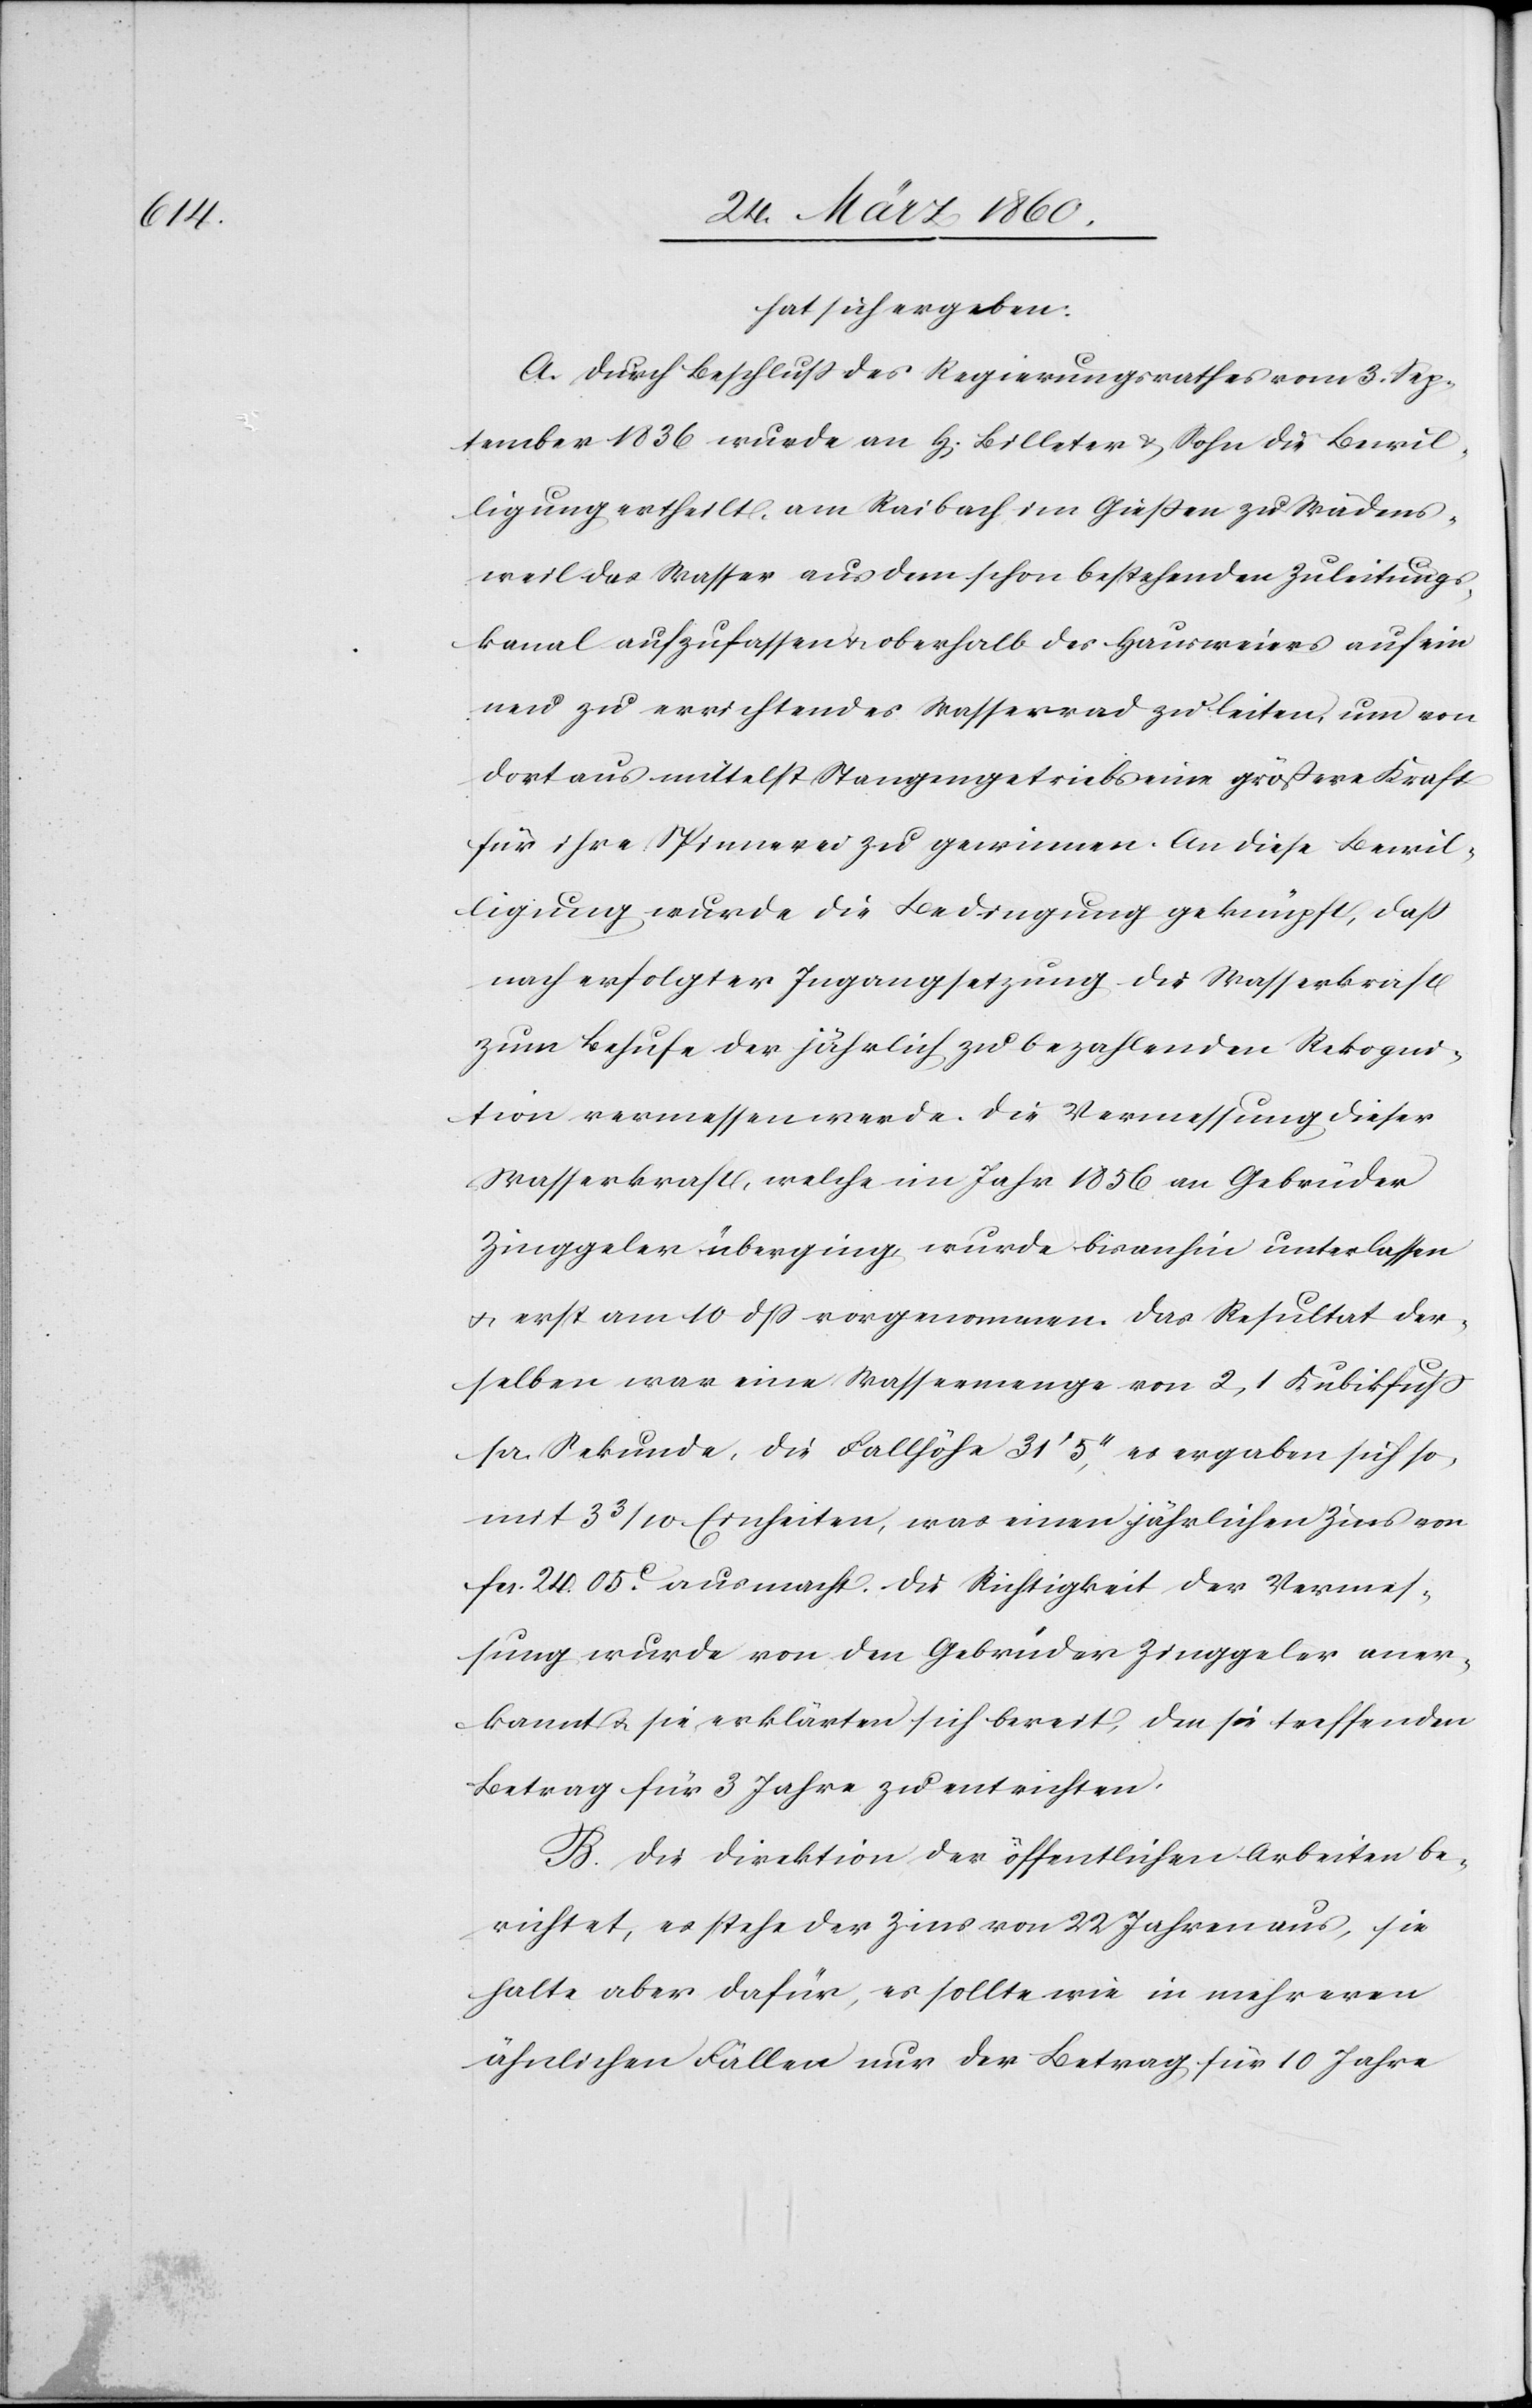
hat sich ergeben:
A. Durch Beschluss des Regierungsrathes vom 3. Sep¬
tember 1836 wurde an H[errn] Billeter u. Sohn die Bewil¬
ligung ertheilt, am Raibach im Giessen zu Wädens¬
weil das Wasser aus dem schon bestehenden Zuleitungs¬
kanal aufzufassen u. oberhalb des Hausweiers auf ein¬
en zu errichtendes Wasser zuleiten, um von
dort aus mittelst Stangengetriebs eine grössere Kraft
für ihre Spinnerei zu gewinnen. An diese Bewil¬
ligung wurde die Bedingung geknüpft, dass
nach erfolgter Ingangsetzung der Wasserkraft
zum Behufe der jährlich zu bezahlenden Rekogni¬
tion vermessen werde. Die Vermessung dieser
Wasserkraft, welche im Jahr 1856 an Gebrüder
Zinggeler überging, wurde bisanhin unterlassen
u. erst am 10 dß vorgenommen. Das Resultat der¬
selben war eine Wassermenge von 2,1 Kubikfuss
pr. Sekunde, die Fallhöhe 31’ 5’’, es ergaben sich so¬
mit 3 3/10 Einheiten, was einen jährlichen Zins von
fcs. 24. 05C ausmacht. Die Richtigkeit der Vermes¬
sung wurde von den Gebrüder Zinggeler aner¬
kannt u. sie erklärten sich bereit, den sie treffenden
Betrag für 3 Jahre zu entrichten.
B. die Direktion der öffentlichen Arbeiten be¬
richtet, es stehe der Zins von 22 Jahren aus, sie
halte aber dafür, es sollte wie in mehreren
ähnlichen Fällen nur der Betrag für 10 Jahre